Plague in India, 1896, 1897 - Volume 3
Year: 1896
Disease focus: Plague
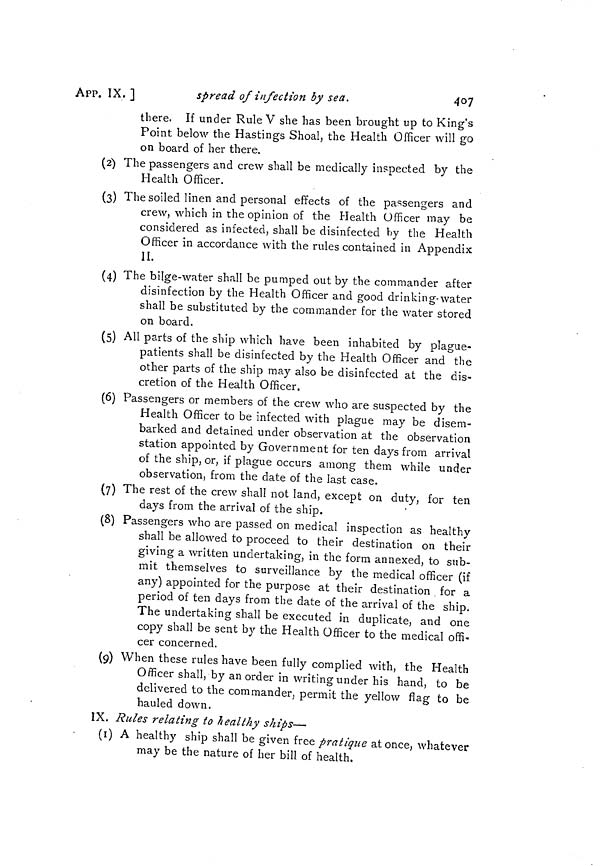
407
APP. IX. ]
spread of infection by sea.
there. If under Rule V she has been brought up to King's
Point below the Hastings Shoal, the Health Officer will go
on board of her there.
(2) The passengers and crew shall be medically inspected by the
Health Officer.
(3) The soiled linen and personal effects of the passengers and
crew, which in the opinion of the Health Officer may be
considered as infected, shall be disinfected by the Health
Officer in accordance with the rules contained in Appendix
II.
(4) The bilge-water shall be pumped out by the commander after
disinfection by the Health Officer and good drinking-water
shall be substituted by the commander for the water stored
on board.
(5) All parts of the ship which have been inhabited by plague-
patients shall be disinfected by the Health Officer and the
other parts of the ship may also be disinfected at the dis-
cretion of the Health Officer.
(6) Passengers or members of the crew who are suspected by the
Health Officer to be infected with plague may be disem-
barked and detained under observation at the observation
station appointed by Government for ten days from arrival
of the ship, or, if plague occurs among them while under
observation, from the date of the last case.
(7) The rest of the creAv shall not land, except on duty, for ten
days from the arrival of the ship.
(8) Passengers who are passed on medical inspection as healthy
shall be allowed to proceed to their destination on their
giving a written undertaking, in the form annexed, to sub-
mit themselves to surveillance by the medical officer (if
any) appointed for the purpose at their destination for a
period of ten days from the date of the arrival of the ship.
The undertaking shall be executed in duplicate, and one
copy shall be sent by the Health Officer to the medical offi-
cer concerned.
(9) When these rules have been fully complied with, the Health
Officer shall, by an order in writing under his hand, to be
delivered to the commander, permit the yellow flag to be
hauled down.
IX. Rules relating to healthy ships—
(1) A healthy ship shall be given free pratique at once, whatever
may be the nature of her bill of health.